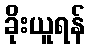
ခိုးယူရန်